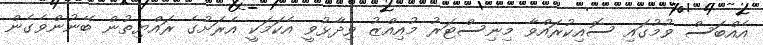
އެއްބަސް ވުމުގައި ސޮއިކުރައްވާ މިނިސްޓަރު މުއިއްޒު ވިދާޅުވީ އެކަމަކީ އެރަށުގެ ރައްޔިތުން ބޭނުންވެގެން